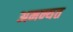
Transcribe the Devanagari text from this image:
अमन्यत